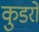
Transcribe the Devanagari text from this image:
कुडरो